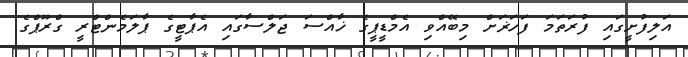
އަލިފުށީގައި ފުރަތަމަ ފަހަޜަށް މިބޭއްވި އެމްޑީޕީގެ ޚާއްސަ ޖަލްސާގައި އެޕާޓީގެ ޕާލަމެންޓްރީ ގްރޫޕްގެ